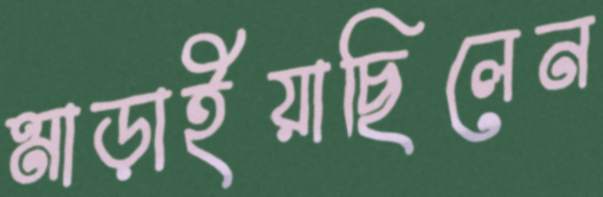
মাড়াইয়াছিলেন